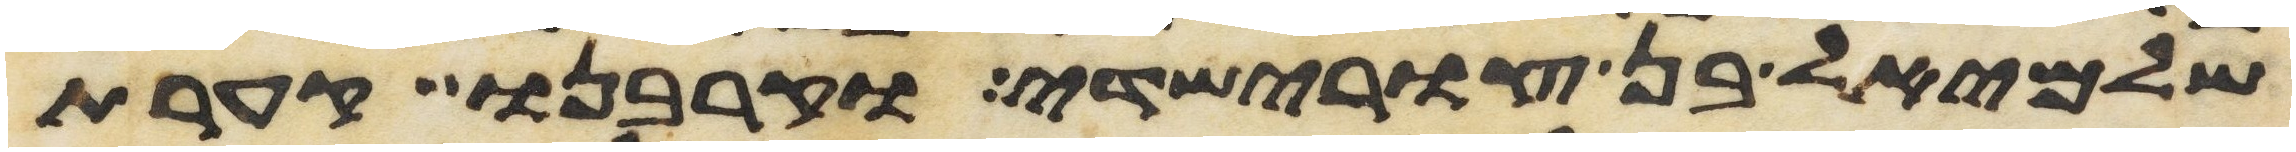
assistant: שלמיאל בן צורישדי וקרבנו קערת